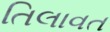
તિલાવત